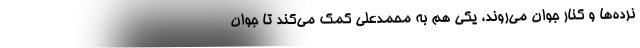
نرده‌ها و کنار جوان می‌روند، یکی هم به محمد‌علی کمک می‌کند تا جوان